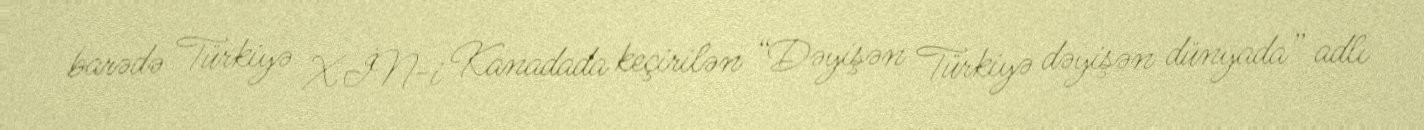
barədə Türkiyə XİN-i Kanadada keçirilən “Dəyişən Türkiyə dəyişən dünyada” adlı